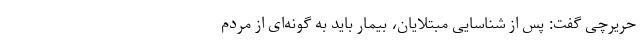
حریرچی گفت: پس از شناسایی مبتلایان، بیمار باید به گونه‌ای از مردم